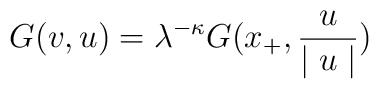
G(v,u) = \lambda^{-\kappa} G(x_{+}, \frac{u}{\mid u\mid})